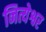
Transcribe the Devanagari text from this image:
नित्येश्वर